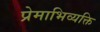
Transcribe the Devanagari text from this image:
प्रेमाभिव्यक्ति